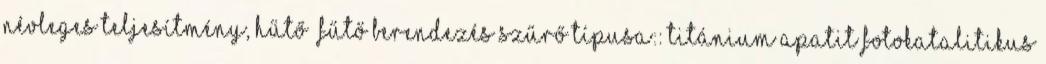
névleges teljesítmény, Hűtő fűtő berendezés Szűrő típusa:: Titánium apatit fotokatalitikus